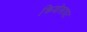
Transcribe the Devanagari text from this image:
क्रियोसाइट